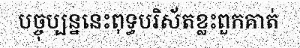
បច្ចុប្បន្ននេះពុទ្ធបរិស័តខ្លះពួកគាត់